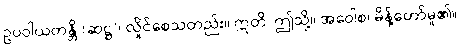
ဥပဝါယတန္တိ (ဆဋ္ဌ)၊ လှိုင်စေသတည်း။ ဣတိ၊ ဤသို့။ အဝေါစ၊ မိန့်တော်မူ၏။